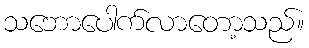
သဘောပေါက်လာတော့သည်။